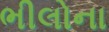
ભીલોના